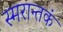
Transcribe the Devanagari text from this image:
स्मरान्तकं